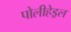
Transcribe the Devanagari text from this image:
पोलीहेड्रल